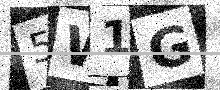
Text: 5W1G